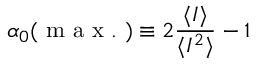
\alpha _ { 0 } ( \mathrm { ~ m ~ a ~ x ~ . ~ } ) \equiv 2 \frac { \langle I \rangle } { \langle I ^ { 2 } \rangle } - 1